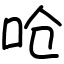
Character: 呛